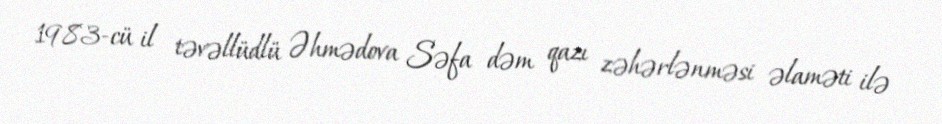
1983-cü il təvəllüdlü Əhmədova Səfa dəm qazı zəhərlənməsi əlaməti ilə